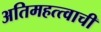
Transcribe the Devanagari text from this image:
अतिमहत्त्वाची